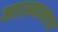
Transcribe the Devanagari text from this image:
महास्नानाचा